Lunatic asylums United Prov. 1922-30 - 1922-1930
Year: 1922
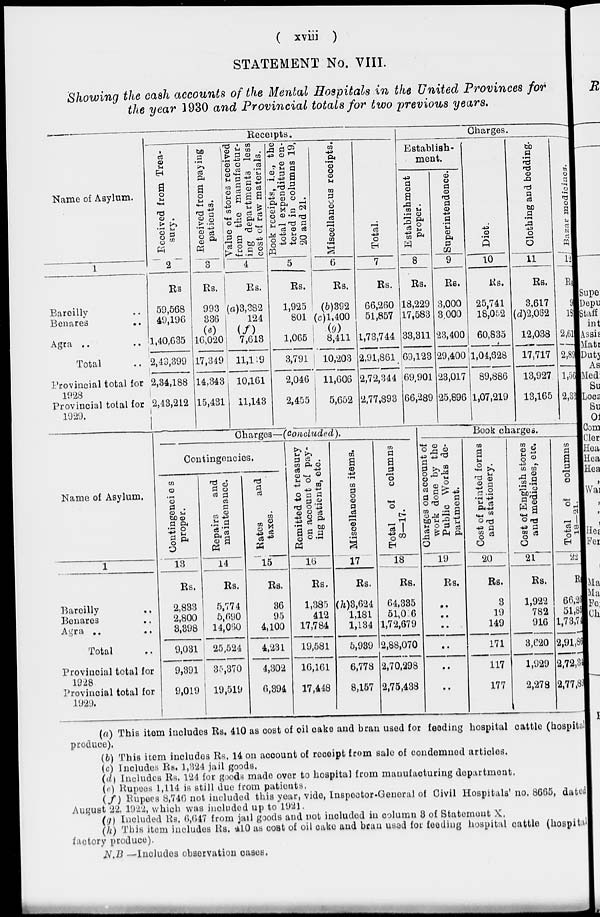
( xviii )
STATEMENT No. VIII.
Showing the cash accounts of the Mental Hospitals in the United Provinces for
the year 1930 and Provincial totals for two previous years.
Name of Asylum.
1
Bareilly ..
Benares ..
Agra .. ..
Total ..
Provincial total for
1928
Provincial total for
1929.
Receipts.
Received from Trea¬
sury.
2
Rs.
59,568
49,196
1,40,635
2,49,399
2,34,188
2,43,212
Received from paying
patients.
3
Rs.
993
336
(e)
16,020
17,349
14,343
15,431
Value of stores received
from the manufactur-
ing departments less
cost of raw materials.
4
Rs.
(a)3,382
124
(f)
7,613
11,119
10,161
11,143
Book receipts, i.e., the
total expenditure en-
tered in columns 19,
20 and 21.
5
Rs.
1,925
801
1,065
3,791
2,046
2,455
Miscellaneous receipts.
6
Rs.
(6)392
(c)l,400
(g)
8,411
10,203
11,606
5,652
Total.
7
Rs.
66,260
51,857
1,73,744
2,91,861
2,72,344
2,77,893
Charges.
Establish-
ment.
Establishment
proper.
8
Rs.
18,229
17,583
33,311
69,123
69,901
66,289
Superintendence.
9
Rs.
3,000
3,000
23,400
29,400
23,017
25,896
Diet.
10
Rs.
25,741
18,052
60,835
4
1,04,628
89,886
1,07,219
Clothing and bedding.
11
Rs.
3,617
(d)2,062
12,038
17,717
13,927
13,165
Bazar medicines.
12
Rs.
9
18
2,61
2,89
1,50
2,33
Name of Asylum.
1
Bareilly ..
Benares ..
Agra .. ..
Total ..
Provincial total for
1928
Provincial total for
1929.
Charges—(Concluded).
Contingencies.
Contingencies
proper.
13
Rs.
2,833
2,800
8,398
9,031
9,391
9,019
Repairs
and
maintenance.
14
Rs.
5,774
5,690
14,060
25,524
35,370
19,519
Rates
and
taxes.
15
Rs.
36
95
4,100
4,231
4,302
6,394
Remitted to treasury
on account of pay-
ing patients, etc.
16
Rs.
1,385
412
17,784
19,581
16,161
17,448
Miscellaneous items.
17
Rs.
(h)3,624
1,181
1,134
5,939
6,778
8,157
Total of columns
8—17.
18
Rs.
64,335
51,016
1,72,679
2,88,070
2,70,298
2,75,438
Book charges.
Charges on account of
work done by the
Public Works de-
partment.
19
Rs.
..
..
..
..
..
..
Cost of printed forms
and stationery.
20
Rs.
3
19
149
171
117
177
Cost of English stores
and medicines, etc.
21
Rs.
1,922
782
916
3,620
1,929
2,278
Total of columns
18—21.
22
Rs.
66,20
51,81
1,73,74
2,91,86
2.72,34
2,77,89
(a) This item includes Rs. 410 as cost of oil cake and bran used for feeding hospital cattle (hospital
produce).
(b) This item includes Rs. 14 on account of receipt from sale of condemned articles.
(c) Includes Rs. 1,324 jail goods.
(d) Includes Rs. 124 for goods made over to hospital from manufacturing department.
(e) Rupees 1,114 is still due from patients,
(f) Rupees 8,746 not included this year, vide, Inspector-General of Civil Hospitals' no. 8665, dated
August 22, 1922, which was included up to 1921.
(g) Included Rs. 6,647 from jail goods and not included in column 3 of Statement X.
(h) This item includes Rs. 410 as cost of oil cake and bran used for feeding hospital cattle (hospital
factory produce).
N.B. —Includes observation cases.